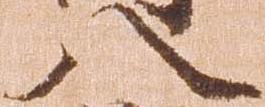
八